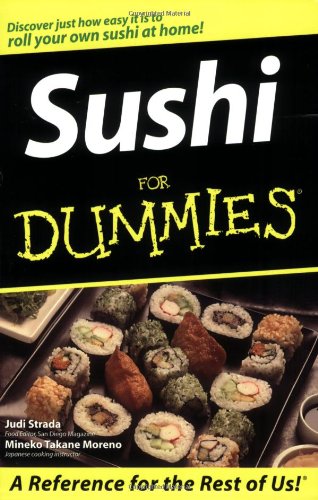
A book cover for Sushi For Dummies; Judi Strada; Cookbooks, Food & Wine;